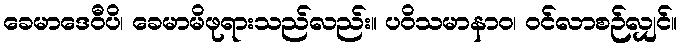
ခေမာဒေဝီပိ၊ ခေမာမိဖုရားသည်လည်း။ ပဝိသမာနာဝ၊ ဝင်လာစဉ်လျှင်။